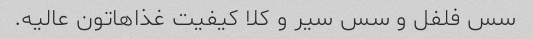
سس فلفل و سس سیر و کلا کیفیت غذاهاتون عالیه.